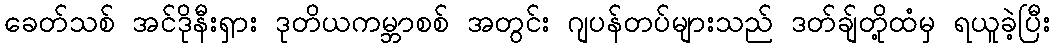
ခေတ်သစ် အင်ဒိုနီးရှား ဒုတိယကမ္ဘာစစ် အတွင်း ဂျပန်တပ်များသည် ဒတ်ချ်တို့ထံမှ ရယူခဲ့ပြီး